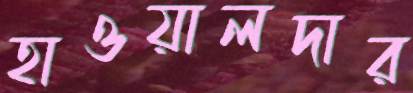
হাওয়ালদার